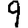
Digit: 9